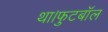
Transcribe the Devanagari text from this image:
था।फुटबॉल